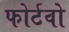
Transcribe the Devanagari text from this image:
फोर्टवो